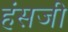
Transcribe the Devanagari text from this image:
हंसजी